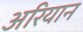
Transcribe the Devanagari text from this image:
अरियान